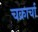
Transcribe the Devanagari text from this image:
चक्रार्चा